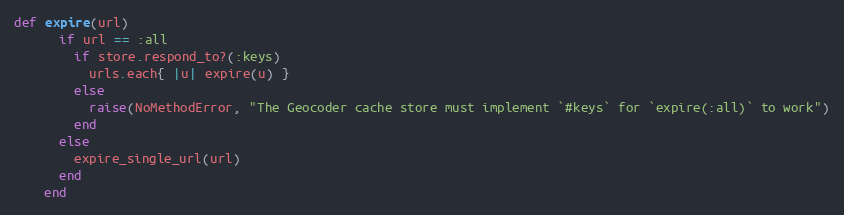
Language: Ruby
def expire(url)
      if url == :all
        if store.respond_to?(:keys)
          urls.each{ |u| expire(u) }
        else
          raise(NoMethodError, "The Geocoder cache store must implement `#keys` for `expire(:all)` to work")
        end
      else
        expire_single_url(url)
      end
    end